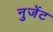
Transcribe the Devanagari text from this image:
नुजेंट